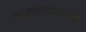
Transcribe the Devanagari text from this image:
जलाशयालाही